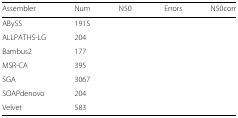
<table><thead><tr><td><b>Assembler</b></td><td><b>Num</b></td><td><b>N50</b></td><td><b>Errors</b></td><td><b>N50corr</b></td></tr></thead><tbody><tr><td>ABySS</td><td>1915</td><td>[EMPTY_CELL]</td><td>[EMPTY_CELL]</td><td>[EMPTY_CELL]</td></tr><tr><td>ALLPATHS-LG</td><td>204</td><td>[EMPTY_CELL]</td><td>[EMPTY_CELL]</td><td>[EMPTY_CELL]</td></tr><tr><td>Bambus2</td><td>177</td><td>[EMPTY_CELL]</td><td>[EMPTY_CELL]</td><td>[EMPTY_CELL]</td></tr><tr><td>MSR-CA</td><td>395</td><td>[EMPTY_CELL]</td><td>[EMPTY_CELL]</td><td>[EMPTY_CELL]</td></tr><tr><td>SGA</td><td>3067</td><td>[EMPTY_CELL]</td><td>[EMPTY_CELL]</td><td>[EMPTY_CELL]</td></tr><tr><td>SOAPdenovo</td><td>204</td><td>[EMPTY_CELL]</td><td>[EMPTY_CELL]</td><td>[EMPTY_CELL]</td></tr><tr><td>Velvet</td><td>583</td><td>[EMPTY_CELL]</td><td>[EMPTY_CELL]</td><td>[EMPTY_CELL]</td></tr></tbody></table>